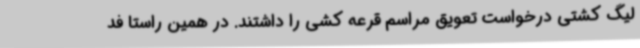
لیگ کشتی درخواست تعویق مراسم قرعه کشی را داشتند. در همین راستا فد